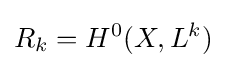
R_{k}=H^{0}(X,L^{k})